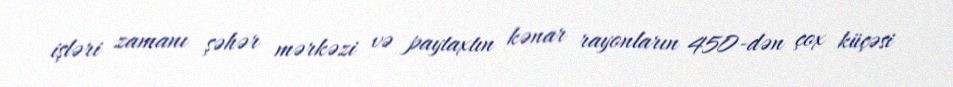
işləri zamanı şəhər mərkəzi və paytaxtın kənar rayonların 450-dən çox küçəsi